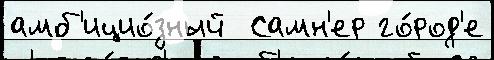
амб'ицио́зный  Самн'ер го́род'е